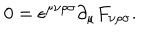
0 = \epsilon ^ { \mu \nu \rho \sigma } \partial _ { \mu } F _ { \nu \rho \sigma } .